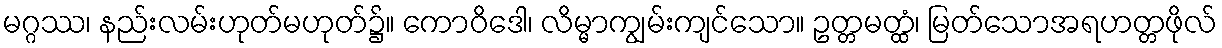
မဂ္ဂဿ၊ နည်းလမ်းဟုတ်မဟုတ်၌။ ကောဝိဒေါ၊ လိမ္မာကျွမ်းကျင်သော။ ဥတ္တမတ္ထံ၊ မြတ်သောအရဟတ္တဖိုလ်